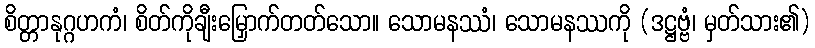
စိတ္တာနုဂ္ဂဟကံ၊ စိတ်ကိုချီးမြှောက်တတ်သော။ သောမနဿံ၊ သောမနဿကို (ဒဋ္ဌဗ္ဗံ၊ မှတ်သား၏)